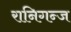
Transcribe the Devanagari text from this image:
रानिगन्ज